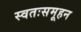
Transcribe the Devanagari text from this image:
स्वतःसमूहन